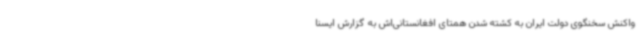
واکنش سخنگوی دولت ایران به کشته شدن همتای افغانستانی‌اش به گزارش ایسنا